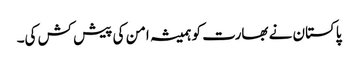
پاکستان نے بھارت کو ہمیشہ امن کی پیش کش کی۔